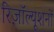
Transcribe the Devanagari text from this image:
रिज़ॉल्यूशनों